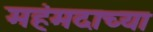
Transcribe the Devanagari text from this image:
महंमदाच्या